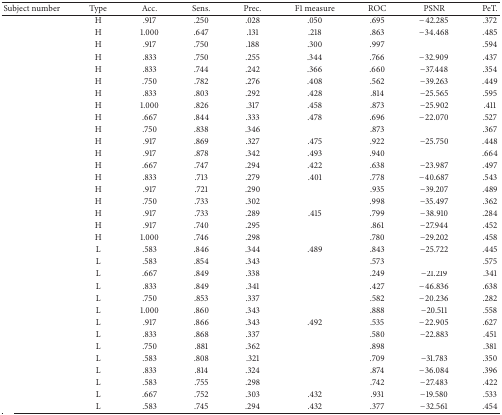
<table><thead><tr><td><b>Subject number</b></td><td><b>Type</b></td><td><b>Acc.</b></td><td><b>Sens.</b></td><td><b>Prec.</b></td><td><b>F1 measure</b></td><td><b>ROC</b></td><td><b>PSNR</b></td><td><b>PeT.</b></td></tr></thead><tbody><tr><td>[EMPTY_CELL]</td><td>H</td><td>.917</td><td>.250</td><td>.028</td><td>.050</td><td>.695</td><td>−42.285</td><td>.372</td></tr><tr><td>[EMPTY_CELL]</td><td>H</td><td>1.000</td><td>.647</td><td>.131</td><td>.218</td><td>.863</td><td>−34.468</td><td>.485</td></tr><tr><td>[EMPTY_CELL]</td><td>H</td><td>.917</td><td>.750</td><td>.188</td><td>.300</td><td>.997</td><td>[EMPTY_CELL]</td><td>.594</td></tr><tr><td>[EMPTY_CELL]</td><td>H</td><td>.833</td><td>.750</td><td>.255</td><td>.344</td><td>.766</td><td>−32.909</td><td>.437</td></tr><tr><td>[EMPTY_CELL]</td><td>H</td><td>.833</td><td>.744</td><td>.242</td><td>.366</td><td>.660</td><td>−37.448</td><td>.354</td></tr><tr><td>[EMPTY_CELL]</td><td>H</td><td>.750</td><td>.782</td><td>.276</td><td>.408</td><td>.562</td><td>−39.263</td><td>.449</td></tr><tr><td>[EMPTY_CELL]</td><td>H</td><td>.833</td><td>.803</td><td>.292</td><td>.428</td><td>.814</td><td>−25.565</td><td>.595</td></tr><tr><td>[EMPTY_CELL]</td><td>H</td><td>1.000</td><td>.826</td><td>.317</td><td>.458</td><td>.873</td><td>−25.902</td><td>.411</td></tr><tr><td>[EMPTY_CELL]</td><td>H</td><td>.667</td><td>.844</td><td>.333</td><td>.478</td><td>.696</td><td>−22.070</td><td>.527</td></tr><tr><td>[EMPTY_CELL]</td><td>H</td><td>.750</td><td>.838</td><td>.346</td><td>[EMPTY_CELL]</td><td>.873</td><td>[EMPTY_CELL]</td><td>.367</td></tr><tr><td>[EMPTY_CELL]</td><td>H</td><td>.917</td><td>.869</td><td>.327</td><td>.475</td><td>.922</td><td>−25.750</td><td>.448</td></tr><tr><td>[EMPTY_CELL]</td><td>H</td><td>.917</td><td>.878</td><td>.342</td><td>.493</td><td>.940</td><td>[EMPTY_CELL]</td><td>.664</td></tr><tr><td>[EMPTY_CELL]</td><td>H</td><td>.667</td><td>.747</td><td>.294</td><td>.422</td><td>.638</td><td>−23.987</td><td>.497</td></tr><tr><td>[EMPTY_CELL]</td><td>H</td><td>.833</td><td>.713</td><td>.279</td><td>.401</td><td>.778</td><td>−40.687</td><td>.543</td></tr><tr><td>[EMPTY_CELL]</td><td>H</td><td>.917</td><td>.721</td><td>.290</td><td>[EMPTY_CELL]</td><td>.935</td><td>−39.207</td><td>.489</td></tr><tr><td>[EMPTY_CELL]</td><td>H</td><td>.750</td><td>.733</td><td>.302</td><td>[EMPTY_CELL]</td><td>.998</td><td>−35.497</td><td>.362</td></tr><tr><td>[EMPTY_CELL]</td><td>H</td><td>.917</td><td>.733</td><td>.289</td><td>.415</td><td>.799</td><td>−38.910</td><td>.284</td></tr><tr><td>[EMPTY_CELL]</td><td>H</td><td>.917</td><td>.740</td><td>.295</td><td>[EMPTY_CELL]</td><td>.861</td><td>−27.944</td><td>.452</td></tr><tr><td>[EMPTY_CELL]</td><td>H</td><td>1.000</td><td>.746</td><td>.298</td><td>[EMPTY_CELL]</td><td>.780</td><td>−29.202</td><td>.458</td></tr><tr><td>[EMPTY_CELL]</td><td>L</td><td>.583</td><td>.846</td><td>.344</td><td>.489</td><td>.843</td><td>−25.722</td><td>.445</td></tr><tr><td>[EMPTY_CELL]</td><td>L</td><td>.583</td><td>.854</td><td>.343</td><td>[EMPTY_CELL]</td><td>.573</td><td>[EMPTY_CELL]</td><td>.575</td></tr><tr><td>[EMPTY_CELL]</td><td>L</td><td>.667</td><td>.849</td><td>.338</td><td>[EMPTY_CELL]</td><td>.249</td><td>−21.219</td><td>.341</td></tr><tr><td>[EMPTY_CELL]</td><td>L</td><td>.833</td><td>.849</td><td>.341</td><td>[EMPTY_CELL]</td><td>.427</td><td>−46.836</td><td>.638</td></tr><tr><td>[EMPTY_CELL]</td><td>L</td><td>.750</td><td>.853</td><td>.337</td><td>[EMPTY_CELL]</td><td>.582</td><td>−20.236</td><td>.282</td></tr><tr><td>[EMPTY_CELL]</td><td>L</td><td>1.000</td><td>.860</td><td>.343</td><td>[EMPTY_CELL]</td><td>.888</td><td>−20.511</td><td>.558</td></tr><tr><td>[EMPTY_CELL]</td><td>L</td><td>.917</td><td>.866</td><td>.343</td><td>.492</td><td>.535</td><td>−22.905</td><td>.627</td></tr><tr><td>[EMPTY_CELL]</td><td>L</td><td>.833</td><td>.868</td><td>.337</td><td>[EMPTY_CELL]</td><td>.580</td><td>−22.883</td><td>.451</td></tr><tr><td>[EMPTY_CELL]</td><td>L</td><td>.750</td><td>.881</td><td>.362</td><td>[EMPTY_CELL]</td><td>.898</td><td>[EMPTY_CELL]</td><td>.381</td></tr><tr><td>[EMPTY_CELL]</td><td>L</td><td>.583</td><td>.808</td><td>.321</td><td>[EMPTY_CELL]</td><td>.709</td><td>−31.783</td><td>.350</td></tr><tr><td>[EMPTY_CELL]</td><td>L</td><td>.833</td><td>.814</td><td>.324</td><td>[EMPTY_CELL]</td><td>.874</td><td>−36.084</td><td>.396</td></tr><tr><td>[EMPTY_CELL]</td><td>L</td><td>.583</td><td>.755</td><td>.298</td><td>[EMPTY_CELL]</td><td>.742</td><td>−27.483</td><td>.422</td></tr><tr><td>[EMPTY_CELL]</td><td>L</td><td>.667</td><td>.752</td><td>.303</td><td>.432</td><td>.931</td><td>−19.580</td><td>.533</td></tr><tr><td>[EMPTY_CELL]</td><td>L</td><td>.583</td><td>.745</td><td>.294</td><td>.432</td><td>.377</td><td>−32.561</td><td>.454</td></tr></tbody></table>